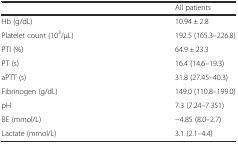
|  | All patients |
 | --- | --- |
 | Hb (g/dL) | 10.94 ± 2.8 |
 | Platelet count (103/μL) | 192.5 (165.3–226.8) |
 | PTI (%) | 64.9 ± 23.3 |
 | PT (s) | 16.4 (14.6–19.3) |
 | aPTT (s) | 31.8 (27.45–40.3) |
 | Fibrinogen (g/dL) | 149.0 (110.8–199.0) |
 | pH | 7.3 (7.24–7.351) |
 | BE (mmol/L) | −4.85 (8.0–2.7) |
 | Lactate (mmol/L) | 3.1 (2.1–4.4) |